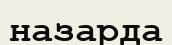
назарда